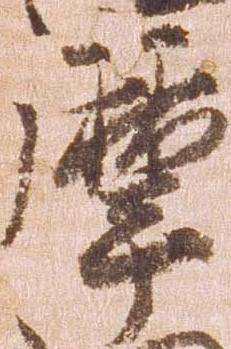
摩